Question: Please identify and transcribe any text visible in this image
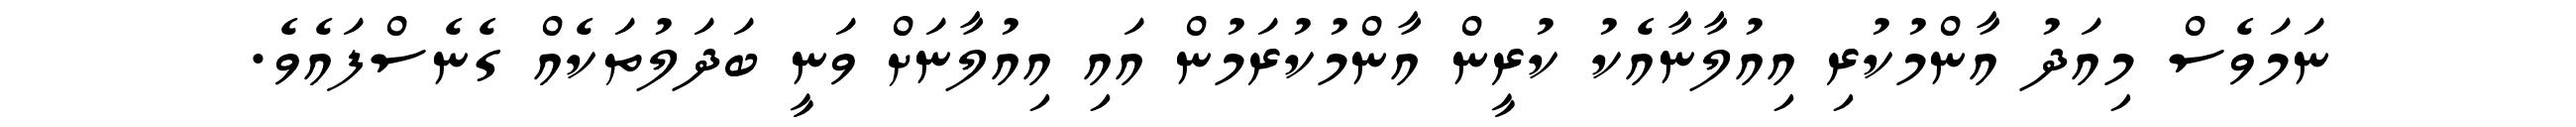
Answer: ނަމަވެސް މިއަދު އާންމުކުރި އިއުލާނާއެކު ކުރީން އާންމުކުރަމުން އައި އިއުލާނަށް ވަނީ ބަދަލުތަކެއް ގެނެސްފައެވެ.